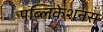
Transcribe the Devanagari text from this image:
पब्लिकेशनस